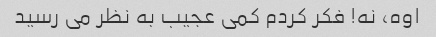
اوه، نه! فکر کردم کمی عجیب به نظر می رسید